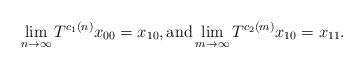
LaTeX: \begin{align*}\lim_{n\to\infty}T^{c_1(n)}x_{00}=x_{10}, \textup{and} \lim_{m\to\infty}T^{c_2(m)}x_{10}=x_{11}.\end{align*}